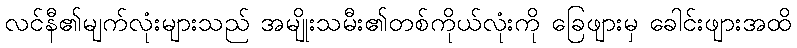
လင်နီ၏မျက်လုံးများသည် အမျိုးသမီး၏တစ်ကိုယ်လုံးကို ခြေဖျားမှ ခေါင်းဖျားအထိ